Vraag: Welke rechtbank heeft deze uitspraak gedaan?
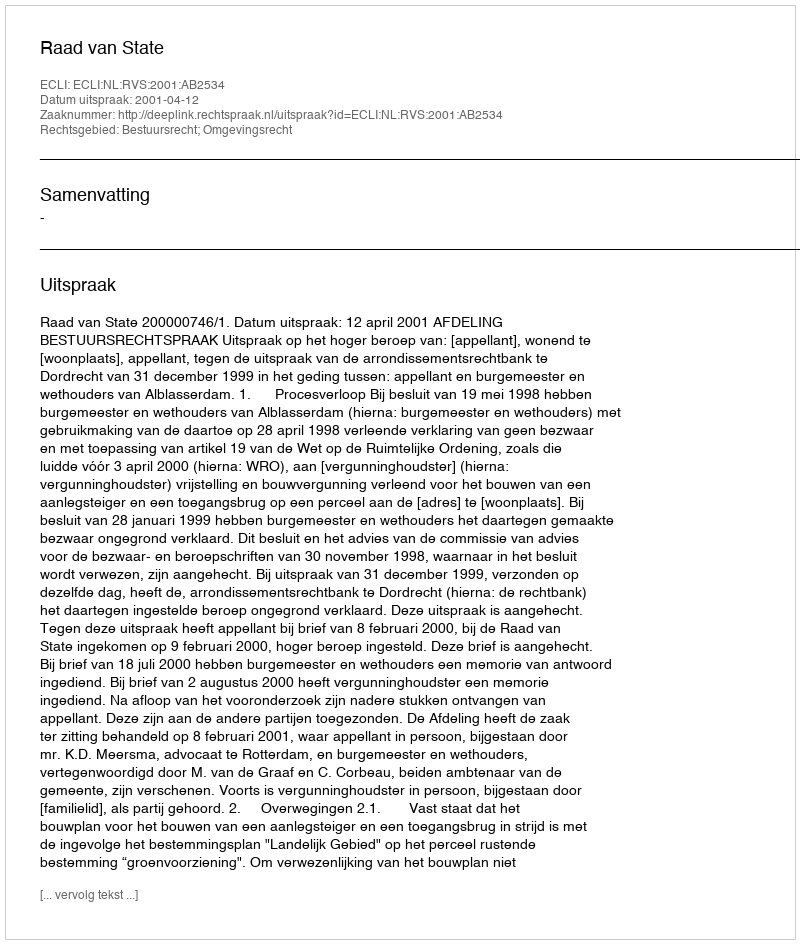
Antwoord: Raad van State